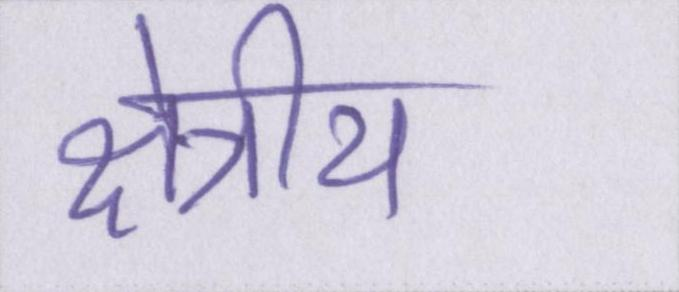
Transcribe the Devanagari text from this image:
क्षेत्रीय